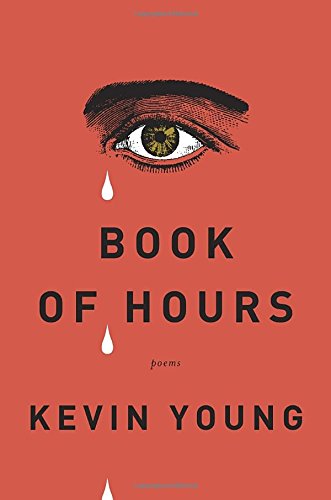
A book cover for Book of Hours; Kevin Young; Literature & Fiction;